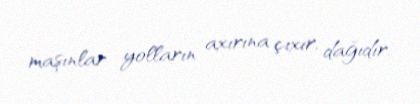
maşınlar yolların axırına çıxır, dağıdır.